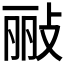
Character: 𫾲